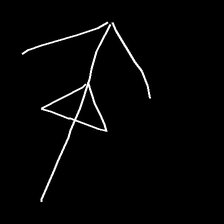
Glyph: pull